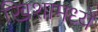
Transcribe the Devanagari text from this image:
खिशामध्ये